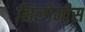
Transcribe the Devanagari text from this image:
सिलोनीस